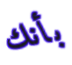
بأنك